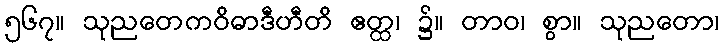
၅၆၇။ သုညတေကဝိဓာဒီဟီတိ ဧတ္ထ၊ ၌။ တာဝ၊ စွာ။ သုညတော၊